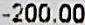
-200.00